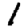
Digit: 1